Lunatic asylums Central Provinces reports 1886-1894 - 1886-1894
Year: 1886
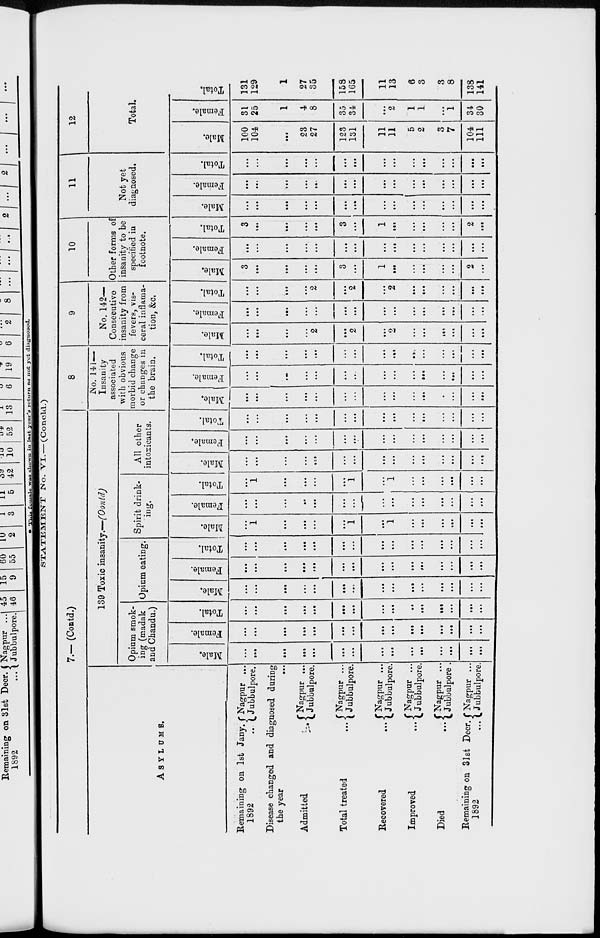
STATEMENT No. VI.— (Concld.)
7.— (Contd.)
ASYLUMS.
Remaining on 1st Jany.
1892
...
Nagpur ...
Jubbulpore.
Disease changed and diagnosed during
the
y
e
a
r
.
.
.
Admitted
...
Total treated
....
Recovered
...
Improved...
Died
...
Remaining on 31st Decr.
1892 ...
Nagpur ...
Jubbulpore.
Nagpur ...
Jubbulpore.
Nagpur ...
Jubbulpore.
Nagpur ...
Jubbulpore
Nagpur ..
Jubbulpore.
Nagpur ..
Jubbulpore.
139 Toxic insanity.—(Contd)
Opium smok-
ing (madak
and Chandu.)
Male.
...
...
...
...
...
...
...
...
...
...
...
...
...
...
...
Female.
...
...
...
...
...
...
...
...
...
...
...
...
...
...
...
Total.
...
...
...
...
...
...
...
...
...
...
...
...
...
...
...
Opium eating.
Male.
...
...
...
...
...
...
...
...
...
...
...
...
...
...
...
Female.
...
...
...
...
...
...
...
...
...
...
...
...
...
...
...
Total.
...
...
...
...
...
...
...
...
...
...
...
...
...
...
...
Spirit drink-
ing.
Male.
...
1
...
...
...
...
1
...
1
...
...
...
...
...
...
Female.
...
...
...
...
...
...
...
...
...
...
...
...
...
...
...
Total.
...
1
...
...
...
...
1
...
1
...
...
...
...
...
...
All other
intoxicants.
Male.
...
...
...
...
...
...
...
...
...
...
...
...
...
...
...
Female.
...
...
...
...
...
...
...
...
...
...
...
...
...
...
...
Total.
...
...
...
...
...
...
...
...
...
...
...
...
...
...
...
8
No. 141—
Insanity
associated
with obvious
morbid change
or changes in
the brain.
Male.
...
...
...
...
...
...
...
...
...
...
...
...
...
...
...
Female.
...
...
...
...
...
...
...
...
...
...
...
...
...
...
...
Total.
...
...
...
...
...
...
...
...
...
...
...
...
...
...
...
9
No. 142—
Consecutive
insanity from
fevers, vis-
ceral inflama¬
tion, &c.
Male.
...
...
...
...
2
...
2
...
2
...
...
...
...
...
...
Female.
...
...
...
...
...
...
...
...
...
...
...
...
...
...
...
Total.
...
...
...
...
2
...
2
...
2
...
...
...
...
...
...
10
Other forms of
insanity to be
specified in
footnote.
Male.
3
...
...
...
...
3
...
1
...
...
...
...
...
2
...
Female.
...
...
...
...
...
...
...
...
...
...
...
...
...
...
...
Total.
3
...
...
...
...
3
...
1
...
...
...
...
...
2
...
11
Not yet
diagnosed.
Male.
...
...
...
...
...
...
...
...
...
...
...
...
...
...
...
Female.
...
...
...
...
...
...
...
...
...
...
...
...
...
...
...
Total.
...
...
...
...
...
...
...
...
...
...
...
...
...
...
...
12
Total.
Male.
100
104
...
23
27
123
131
11
11
5
2
3
7
104
111
Female.
31
25
1
4
8
35
34
...
2
1
1
...
1
34
30
Total.
131
129
1
27
35
158
165
11
13
6
3
3
8
138
141